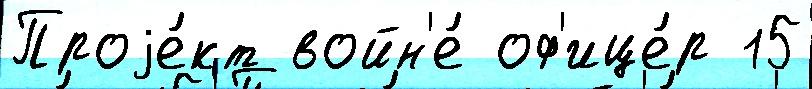
Проjе́кт войн'е́ оф'ице́р 15